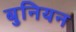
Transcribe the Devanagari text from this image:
बुनियन